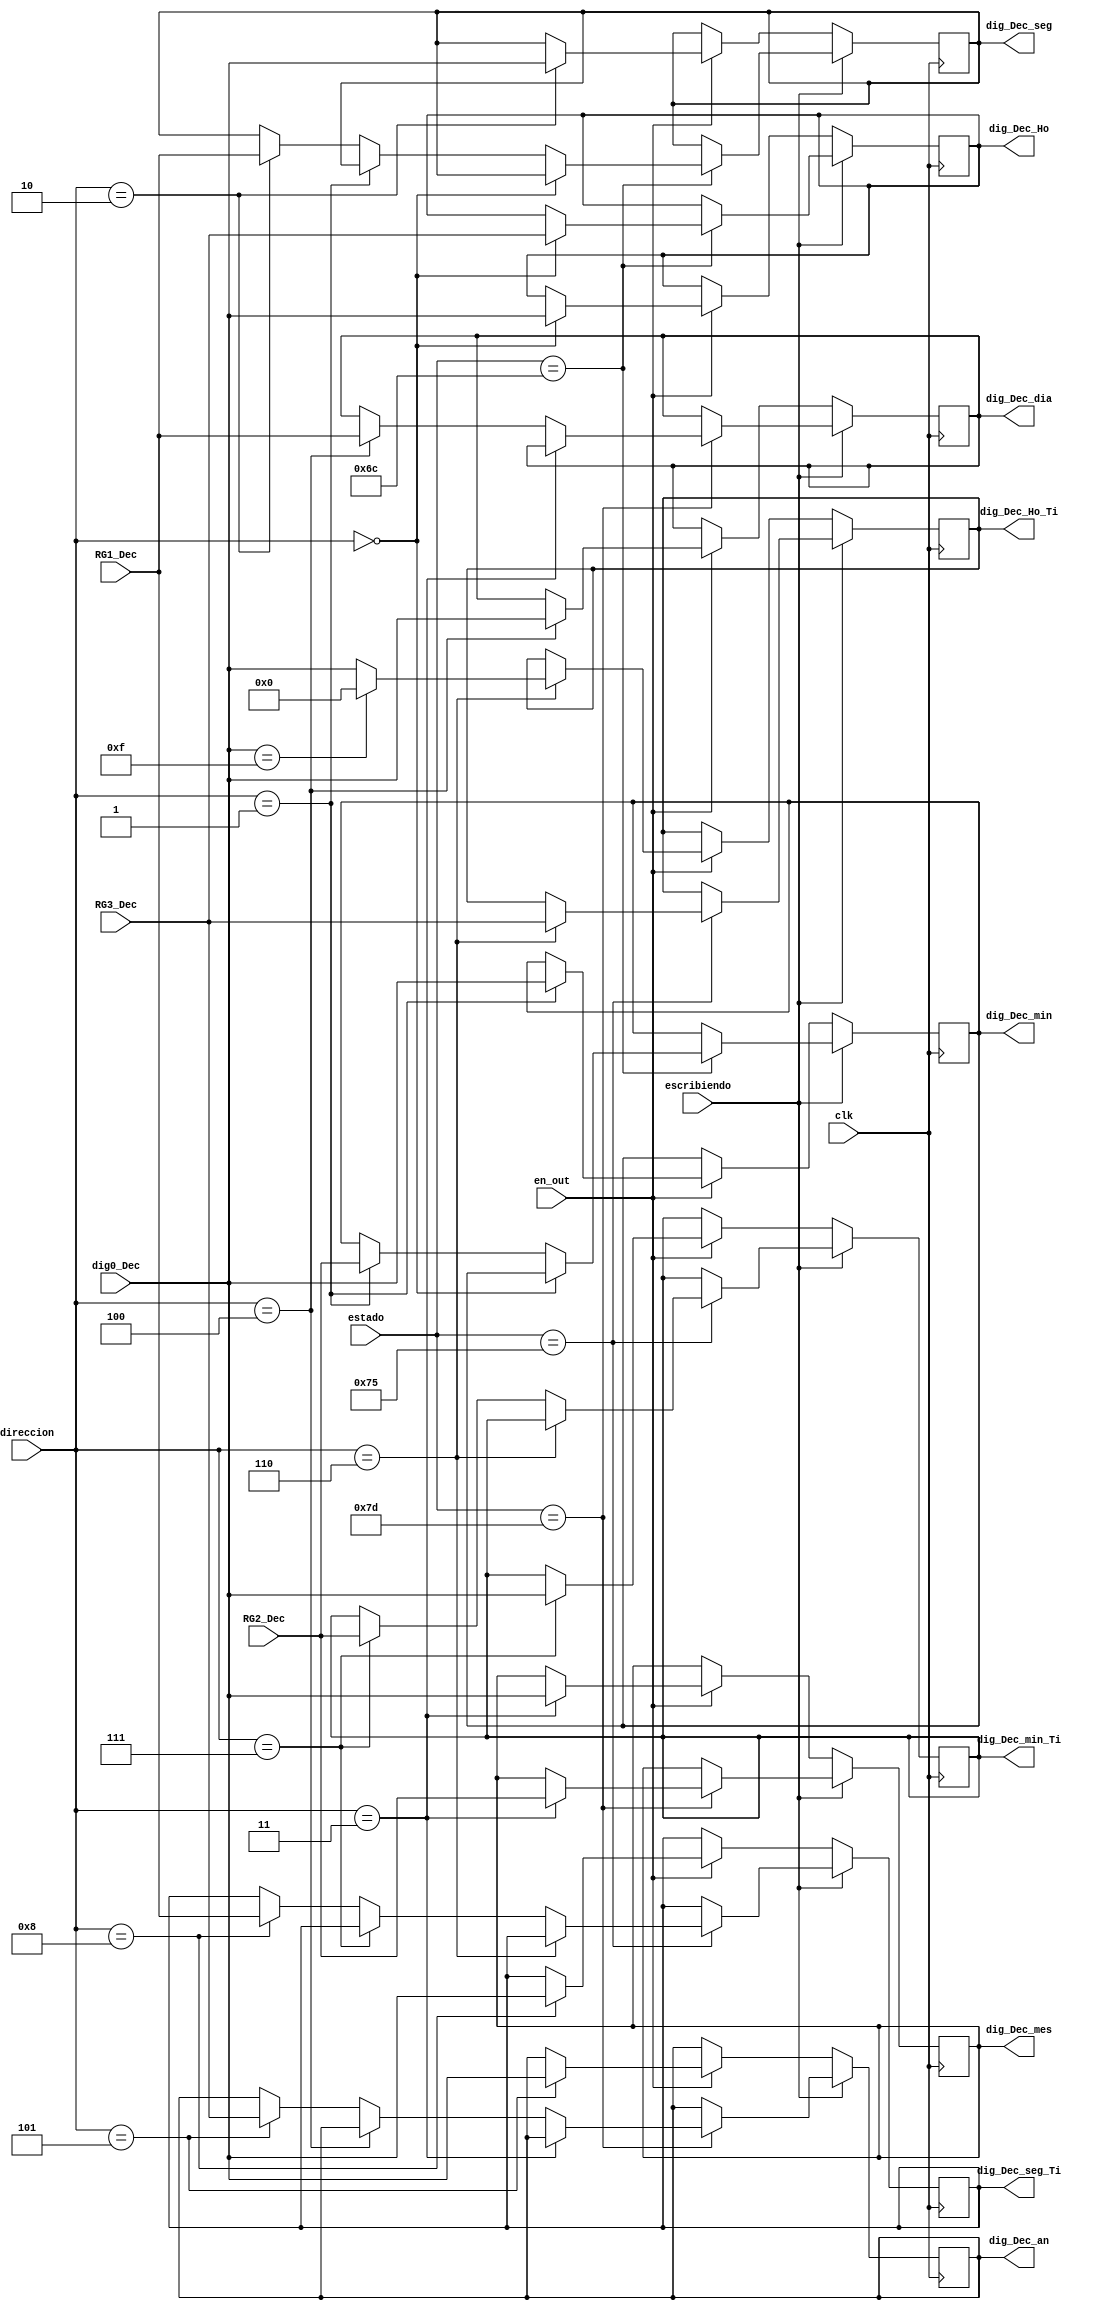
module control_digitos_1
	(
	input  [7:0] estado,
	input  [3:0]RG1_Dec,
   input  [3:0]RG2_Dec,
   input  [3:0]RG3_Dec,
	input escribiendo,
	input en_out,
	input wire clk,
	input wire [3:0] dig0_Dec,
	input [3:0] direccion,
	output reg [3:0] dig_Dec_Ho, dig_Dec_min, dig_Dec_seg, dig_Dec_mes, dig_Dec_dia, dig_Dec_an, dig_Dec_Ho_Ti, dig_Dec_min_Ti, dig_Dec_seg_Ti
	);
	always @(posedge clk)
	if (~escribiendo)
		if (en_out)
			case (direccion)
				4'b0000:
							dig_Dec_Ho<=dig0_Dec;		
				4'b0001:
							dig_Dec_min<=dig0_Dec;	
				4'b0010:
							dig_Dec_seg<=dig0_Dec;		
				4'b0011:
							dig_Dec_mes<=dig0_Dec;		
				4'b0100:
							dig_Dec_dia<=dig0_Dec;		
				4'b0101:
							dig_Dec_an<=dig0_Dec;	
				4'b0110:
							begin
								if (dig0_Dec==4'b1111)
									dig_Dec_Ho_Ti<=4'b0000;
								else
									dig_Dec_Ho_Ti<=dig0_Dec;
							end				
				4'b0111:
						   dig_Dec_min_Ti<=dig0_Dec;					
				4'b1000: 
						   dig_Dec_seg_Ti<=dig0_Dec;
				default:
							begin
								dig_Dec_Ho<=dig_Dec_Ho;	
								dig_Dec_min<=dig_Dec_min;
								dig_Dec_seg<=dig_Dec_seg;
								dig_Dec_mes<=dig_Dec_mes;
								dig_Dec_an<=dig_Dec_an;
								dig_Dec_dia<=dig_Dec_dia;
								dig_Dec_Ho_Ti<=dig_Dec_Ho_Ti;
								dig_Dec_min_Ti<=dig_Dec_min_Ti;
								dig_Dec_seg_Ti<=dig_Dec_seg_Ti;
							end
			endcase
		else
			begin
				dig_Dec_Ho<=dig_Dec_Ho;
				dig_Dec_min<=dig_Dec_min;
				dig_Dec_seg<=dig_Dec_seg;
				dig_Dec_mes<=dig_Dec_mes;
				dig_Dec_dia<=dig_Dec_dia;
				dig_Dec_an<=dig_Dec_an;
				dig_Dec_Ho_Ti<=dig_Dec_Ho_Ti;
				dig_Dec_min_Ti<=dig_Dec_min_Ti;
				dig_Dec_seg_Ti<=dig_Dec_seg_Ti;
			end
	else 
		case (estado)
			8'h7d:
					begin
						if (direccion==4'b0011)
							dig_Dec_mes<=RG2_Dec;
						else
						if (direccion==4'b0100)
							dig_Dec_dia<=RG1_Dec;
						else
						if (direccion==4'b0101)
							dig_Dec_an<=RG3_Dec;
						else
							begin
							dig_Dec_mes<=dig_Dec_mes;
							dig_Dec_dia<=dig_Dec_dia;
							dig_Dec_an<=dig_Dec_an;
							end
					end
			8'h6c:
					begin
						if (direccion==4'b0000)
							dig_Dec_Ho<=RG3_Dec;
						else
						if (direccion==4'b0001)
							dig_Dec_min<=RG2_Dec;
						else
						if (direccion==4'b0010)
							dig_Dec_seg<=RG1_Dec;
						else
							begin
							dig_Dec_Ho<=dig_Dec_Ho;
							dig_Dec_min<=dig_Dec_min;
							dig_Dec_seg<=dig_Dec_seg;
							end
					end
			8'h75:
					begin
						if (direccion==4'b0110)
							dig_Dec_Ho_Ti<=RG3_Dec;
						else
						if (direccion==4'b0111)
							dig_Dec_min_Ti<=RG2_Dec;
						else
						if (direccion==4'b1000)
							dig_Dec_seg_Ti<=RG1_Dec;
						else
							begin
							dig_Dec_Ho_Ti<=dig_Dec_Ho_Ti;
							dig_Dec_min_Ti<=dig_Dec_min_Ti;
							dig_Dec_seg_Ti<=dig_Dec_seg_Ti;
							end
					end
			default:
						begin
							dig_Dec_Ho<=dig_Dec_Ho;
							dig_Dec_min<=dig_Dec_min;
							dig_Dec_seg<=dig_Dec_seg;
							dig_Dec_mes<=dig_Dec_mes;
							dig_Dec_dia<=dig_Dec_dia;
							dig_Dec_an<=dig_Dec_an;
							dig_Dec_Ho_Ti<=dig_Dec_Ho_Ti;
							dig_Dec_min_Ti<=dig_Dec_min_Ti;
							dig_Dec_seg_Ti<=dig_Dec_seg_Ti;
						end
		endcase
endmodule